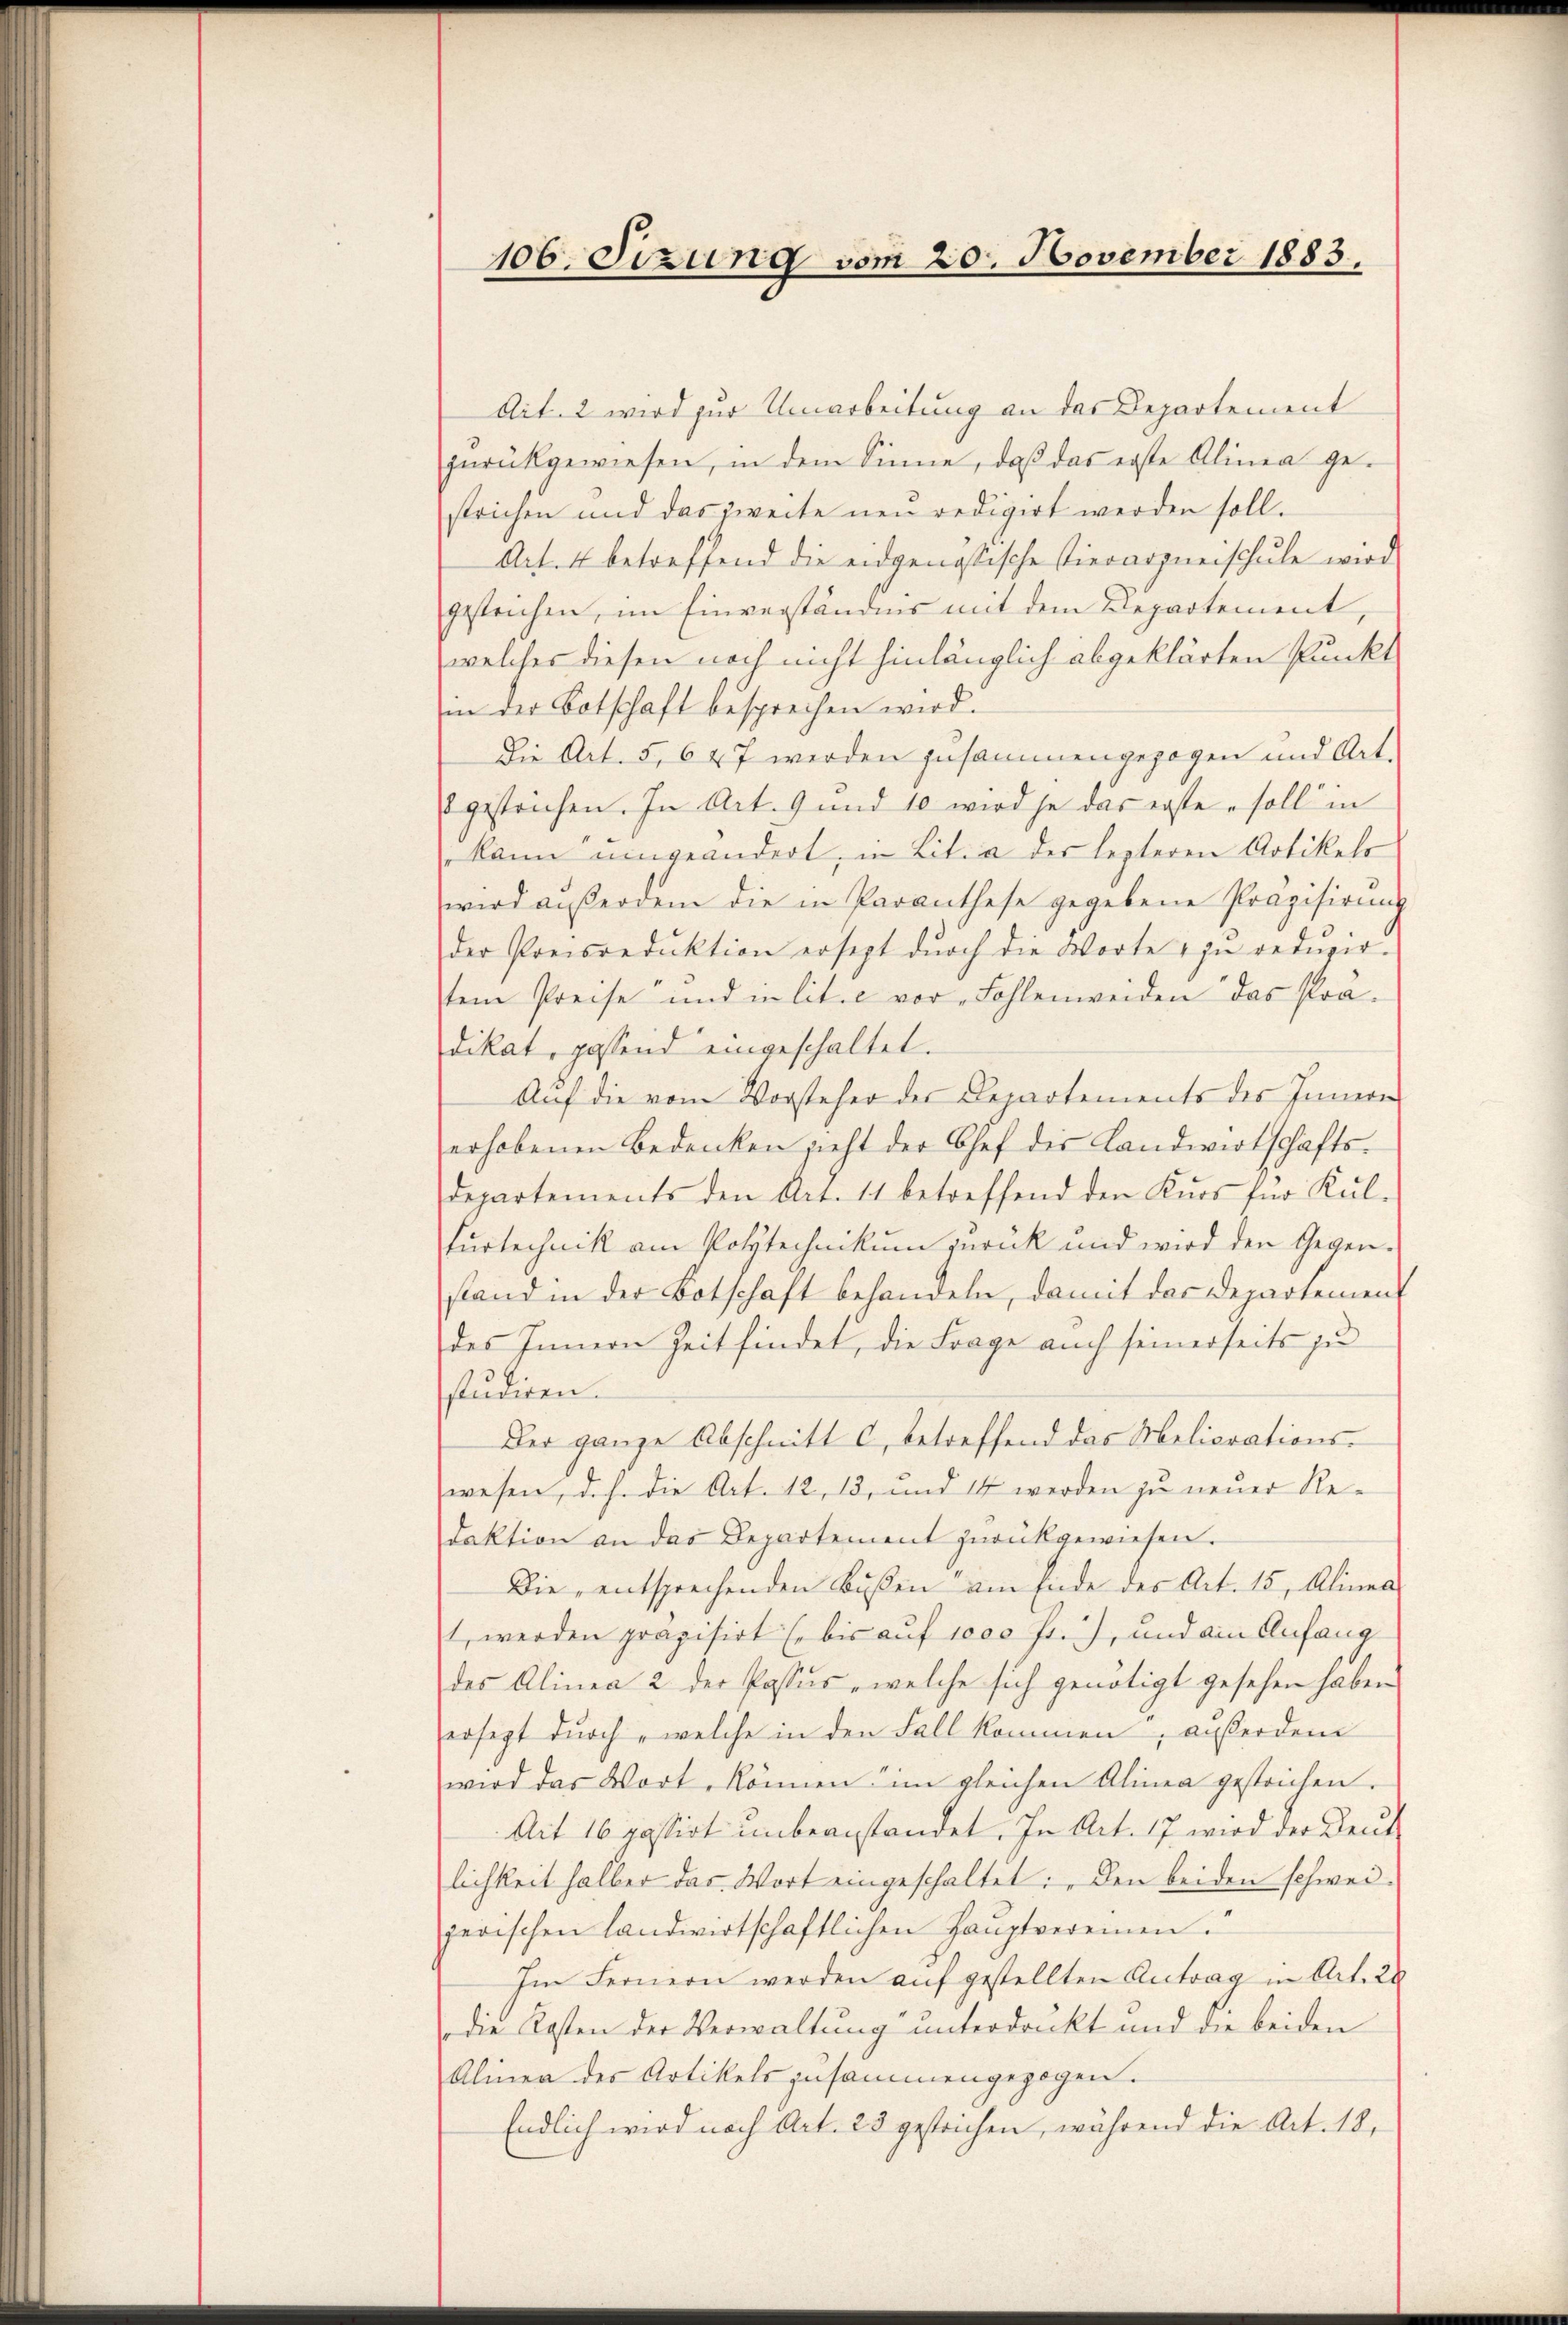
Ait. 2 wird zur Umarbeitung an das Departement
zŭrückgewiesen, in dem Sinne, daß das erste Alinea gestrichen und das zweite neu redigirt werden soll.
Art. 4 betreffend die eidgenössische Tierarzneischule wird
gestrichen, im Einverständnis mit dem Repartement,
welches diesen noch nicht hinlänglich abgeklärten Punkt
in der Botschaft besprechen wird.
Die Art. 5, 6 47 werden zusammengezogen und Art.
gestrichen. In Art. 9 und 10 wird je das erste soll in
kann umgeändert, in Lit. a der lezteren Artikels
wird außerden die in Paranthese gegebene Präzisirung
der Preisredŭktion ersezt dŭrch die Worte zŭ redŭzir-
tem Preise und in lit. c vor  Fohlenweiden das Pradikat, passend eingeschaltet.
Aŭf die vom Vorsteher des Departements des Innern
erhobenen Bedenken sieht der Chef des Landwirtschafts-
departements den Art. 11 betreffend den Kŭrs für Kül-
Furtechnik am Polytechnikum zurück und wird den Gegenstand in der Botschaft behandeln, damit das Departement
des Innern Zeit findet, die Frage auch seinerseits zu
studiren.
Der ganze Abschnitt c, betreffend das Meliorations-
wesen, d.h. die Art. 12, 13, und 14 werden zu neuer Redaktion an das Departement zurückgewiesen.
Die, entsprechenden Bußen am Ende des Art. 15, Alinea
1 werden prapisirt (bis auf 1000 Fr. 7, und ain Anfang
des Alinea 2 der Passus, welche sich genötigt gesehen haben
ersezt durch „welche in den Fall kommen, außerdem
wird das Wort, können im gleichen Alinea gestrichen.
Ait 16 passirt unbeanstandet. In Art. 17 wird der Deut
lichkeit halber das Wort eingeschaltet: „Den beiden schweijerischen landwirtschaftlichen Hauptvereinen.
Im Fernern werden auf gestellten Antrag in Art. 28
die Kosten der Verwaltung unterdruckt und die beiden
Alinen des Artikels zusammengezogen.
Endlich wird nach Art. 23 gestrichen, während die Art. 18,

106. Sizung vom 20. November 1883.